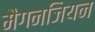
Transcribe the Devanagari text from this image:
मैगनजियन